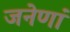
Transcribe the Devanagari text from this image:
जनेणां